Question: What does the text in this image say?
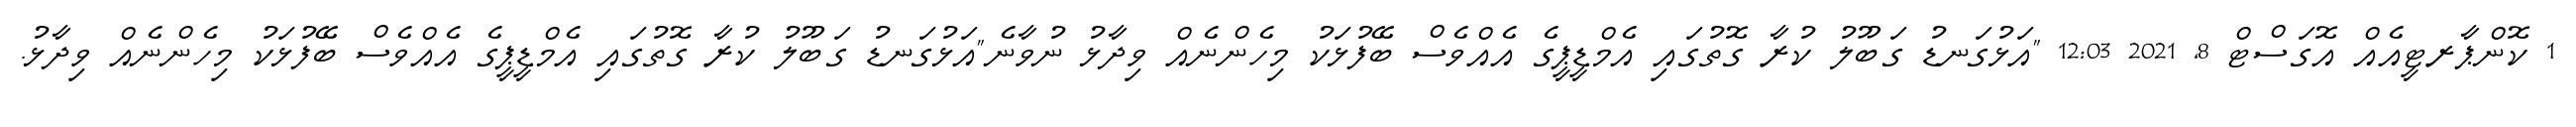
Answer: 1 ކޮންޕާރޓީއެއް އޮގަސްޓް 8, 2021 12:03 "އަޅުގަނޑު ގަބޫލު ކުރާ ގޮތުގައި އެމްޑީޕީގެ އެއްވެސް ބޭފުޅަކު މިހެންނެއް ވިދާޅު ނުވާނެ"އަޅުގަނޑު ގަބޫލު ކުރާ ގޮތުގައި އެމްޑީޕީގެ އެއްވެސް ބޭފުޅަކު މިހެންނެއް ވިދާޅު.